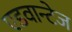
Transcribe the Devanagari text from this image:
एडवान्टेज